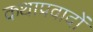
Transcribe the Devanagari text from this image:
कथाप्रवादों